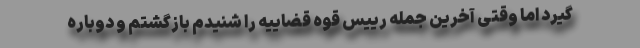
گیرد اما وقتی آخرین جمله رییس قوه قضاییه را شنیدم بازگشتم و دوباره